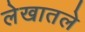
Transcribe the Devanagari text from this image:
लेखातले